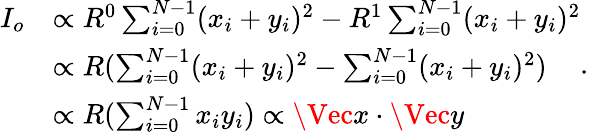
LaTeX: \begin{array}{rl}{I_{o}}&{\propto R^{0}\sum_{i=0}^{N-1}(x_{i}+y_{i})^{2}-R^{1}\sum_{i=0}^{N-1}(x_{i}+y_{i})^{2}}\\ &{\propto R(\sum_{i=0}^{N-1}(x_{i}+y_{i})^{2}-\sum_{i=0}^{N-1}(x_{i}+y_{i})^{2})}\\ &{\propto R(\sum_{i=0}^{N-1}x_{i}y_{i})\propto\Vec{x}\cdot\Vec{y}}\end{array}.